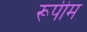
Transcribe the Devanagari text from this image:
रूपीम